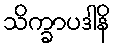
သိက္ခာပဒါနိ